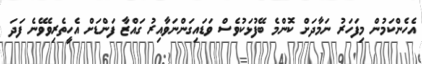
އެހެންކަމުން މިފަހަރު ނަމާދަށް ކޮންމެ ބޭފުޅަކުވެސް ވަޑައިގަންނަވާއިރު ގައްޒާ ފަންޑަށް އެހީތެރިވެވޭނެ ފަދަ